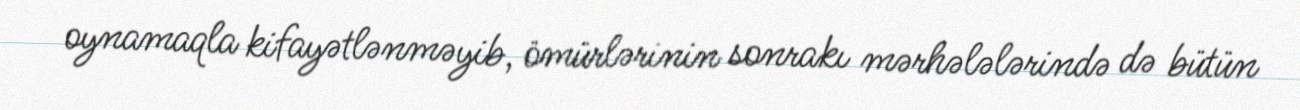
oynamaqla kifayətlənməyib, ömürlərinin sonrakı mərhələlərində də bütün